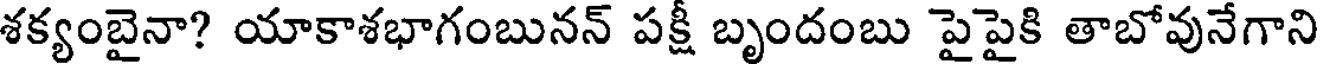
శక్యంబైనా? యాకాశభాగంబునన్ పక్షీ బృందంబు పైపైకి తాబోవునేగాని